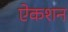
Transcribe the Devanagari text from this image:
ऐकशन